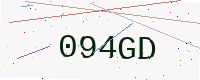
Text: 094GD